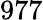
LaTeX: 977